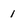
Character: 1